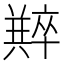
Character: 𠧆